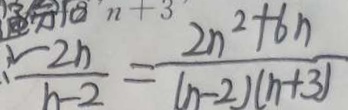
\frac { 2 n } { n - 2 } = \frac { 2 n ^ { 2 } + 6 n } { ( n - 2 ) ( n + 3 ) }